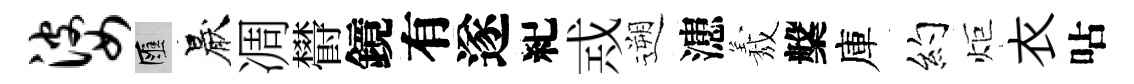
婆匯厭凋欎鏡有遂紀𢦶遡漶𦏁槃庫约炬衣呫